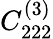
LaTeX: C_{222}^{(3)}